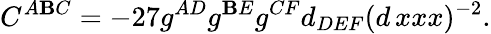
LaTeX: C^{A\mathbf{B}C}=-27g^{AD}g^{\mathbf{B}E}g^{CF}d_{DEF}(d\, xxx)^{-2}.